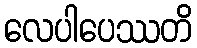
လေပါပေဿတိ